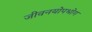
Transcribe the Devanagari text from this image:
जीवनयोपभोग